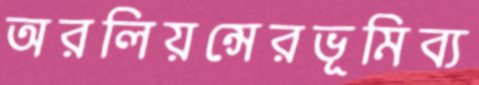
অরলিয়ন্সেরভূমিব্য